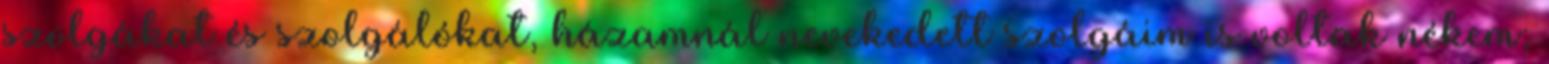
szolgákat és szolgálókat, házamnál nevekedett szolgáim is voltak nékem;